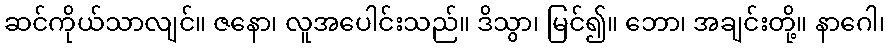
ဆင်ကိုယ်သာလျင်။ ဇနော၊ လူအပေါင်းသည်။ ဒိသွာ၊ မြင်၍။ ဘော၊ အချင်းတို့။ နာဂေါ၊